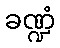
ခဏ္ဍံ